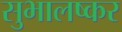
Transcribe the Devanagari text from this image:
सुभालष्कर